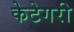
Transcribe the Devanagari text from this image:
केटेगरी